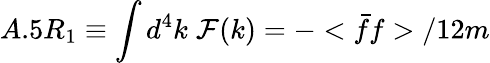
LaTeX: A.5R_{1}\equiv\int d^{4}k\; {\cal F}(k)=-<\bar{f}f>/12m